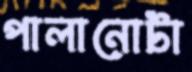
পালানোটা